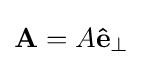
\mathbf {A} =A\mathbf {\hat {e}} _{\bot }\,\!